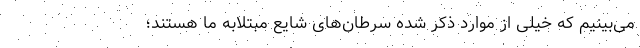
می‌بینیم که خیلی از موارد ذکر شده سرطان‌های شایع مبتلابه ما هستند؛